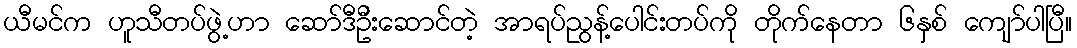
ယီမင်က ဟူသီတပ်ဖွဲ့ဟာ ဆော်ဒီဦးဆောင်တဲ့ အာရပ်ညွန့်ပေါင်းတပ်ကို တိုက်နေတာ ၆နှစ် ကျော်ပါပြီ။